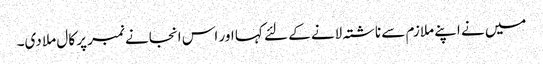
میں نے اپنے ملازم سے ناشتہ لانے کے لئے کہا اور اس انجانے نمبر پر کال ملا دی۔